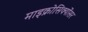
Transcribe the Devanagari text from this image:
माइक्रोसिक्योंसर